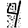
Digit: 4